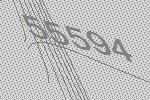
55594